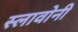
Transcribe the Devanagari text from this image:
स्लावोनी